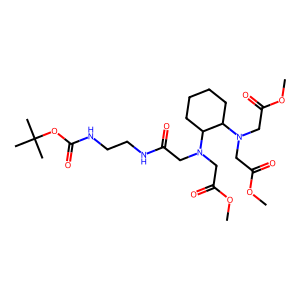
SMILES: COC(=O)CN(CC(=O)NCCNC(=O)OC(C)(C)C)C1CCCCC1N(CC(=O)OC)CC(=O)OC
Inhibits HIV replication: No